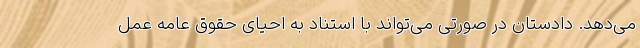
می‌دهد. دادستان در صورتی می‌تواند با استناد به احیای حقوق عامه عمل